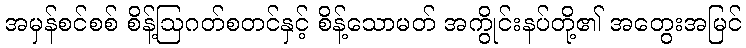
အမှန်စင်စစ် စိန့်ဩဂတ်စတင်နှင့် စိန့်သောမတ် အကွိုင်းနပ်တို့၏ အတွေးအမြင်